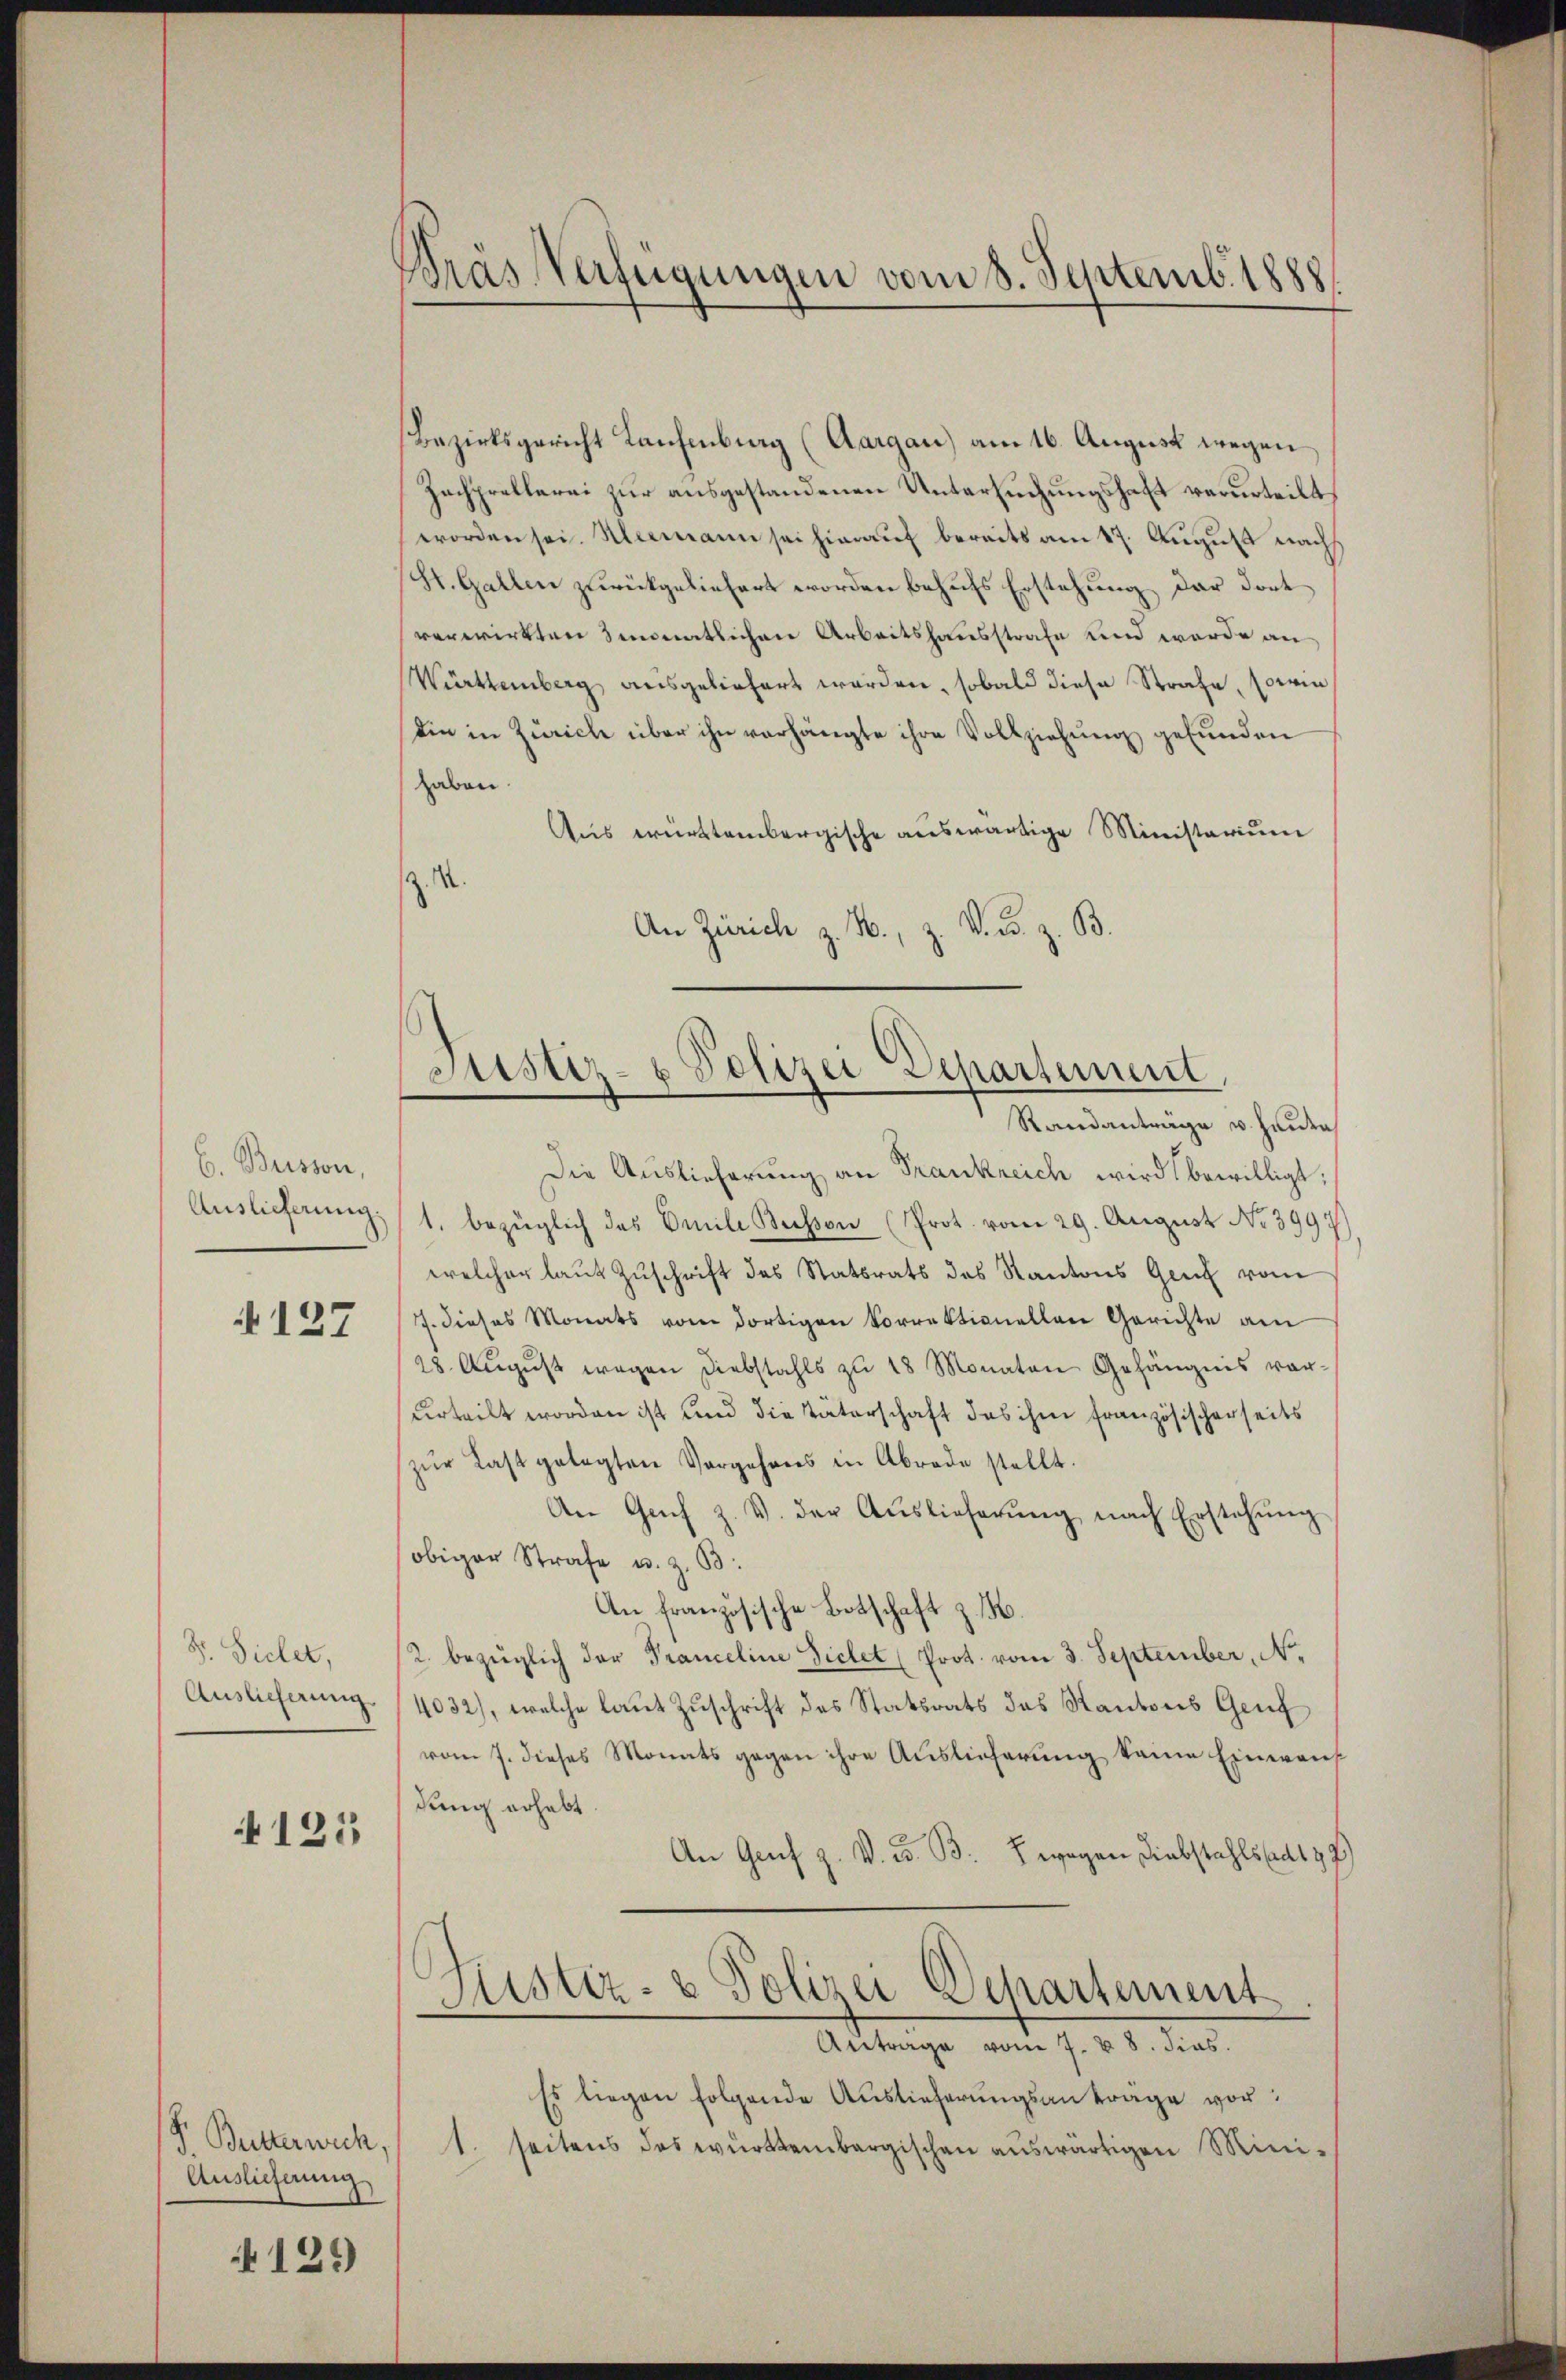
b. Busson,
Auslieferung.

127

Dr. Vielet,
Auslicherung.

125

P. Butterwich,
Auslieferung

129

Bras Verfügungen vom 8. Septemb. 1888.

Bezirksgericht Laufenburg (Aargau) am 16. August wegen
Zachprellerei zur ausgestandenen Untersuchungshaft verurteilt,
worden sei. Alemann sei hierauf bereits am 17. August nach
H. Gallen zurückgeliefert worden behufs Erstehung der dort
verwirkten Imonatlichen Arbeitshausstrafe und werde an
Württemberg ausgeliefert werden, sobald diese Strafe, sowie
die in Zürich über ihn vorhängte ihre Vollziehung gefunden
haben.
Aus württembergische auswärtige Ministerium
z. M.
An Zürich z. B., z. V. u. z. B.

Justiz- & Polizei Departement
Randanträge v. Hauta

Die Auslieferung an Frankreich wird bewilligt;
1. bezüglich das Emile Bessen (Prot. vom 29. August No 3997
welcher laut Zuschrift des Statsrats des Kantons Genf vom
7. dieses Monats vom dortigen Vorrektionellen Gerichte am
28. Aŭgŭst wegen Diebstahls zŭ 18 Monaten Gehängnis vor-
urteilt worden ist und die Väterschaft das ihm französischerseits
zŭr Last gelegten Vorgehens in Abrade stellt.
An Gŭch z. V. der Aŭslieferŭng nach Erstehŭng
obiger Strafe u. z. B.
An französische Botschaft z. B.
(2. bezüglich der Tranceline Sichet (Prot. vom 3. September, N.
4032), welche laut Zuschrift des Statsrats das Kantons Genf
vom 7. dieses Monats gegen ihre Auslieferung kame Einweis
dung erhebt.
An Genf z. V. B. B. wegen Diebstahlstadt 37)
Justiz- & Polizei Departement
Antrage vom 7. v. 8. dies.
Es liegen folgende Auslieferungsantrage vor¬
1. seitens des württembergischen auswärtigen Mini¬